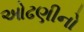
ઓઢણીનો